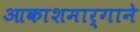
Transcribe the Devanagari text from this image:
आकाशमार्गाने